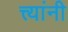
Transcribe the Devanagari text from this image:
त्त्यांनी